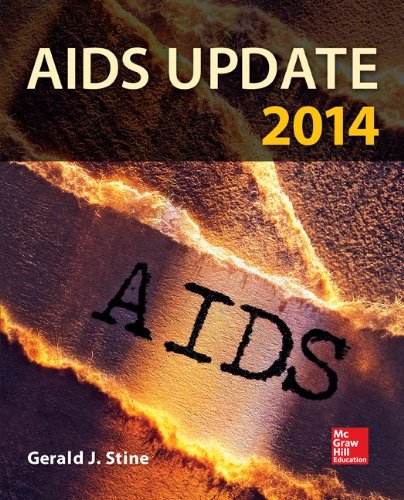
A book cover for AIDS Update 2014; Gerald Stine; Health, Fitness & Dieting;